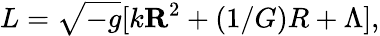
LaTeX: L=\sqrt{-g}[k{\mathbf R}^{2}+(1/G)R+\Lambda],